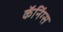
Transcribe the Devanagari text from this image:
कॅनिंग्स